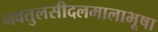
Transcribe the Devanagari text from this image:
नवतुलसीदलमालाभूषा